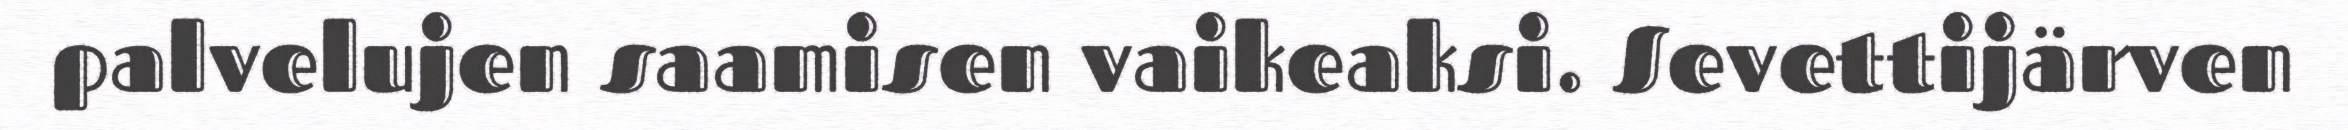
palvelujen saamisen vaikeaksi. Sevettijärven